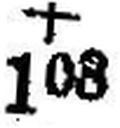
+ 103